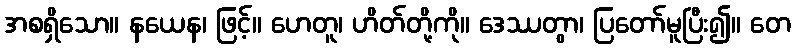
အစရှိသော။ နယေန၊ ဖြင့်။ ဟေတူ၊ ဟိတ်တို့ကို။ ဒေဿတွာ၊ ပြတော်မူပြီး၍။ တေ